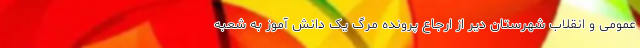
عمومی و انقلاب شهرستان دیر از ارجاع پرونده مرگ یک دانش آموز به شعبه